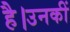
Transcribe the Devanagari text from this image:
है।उनकीं